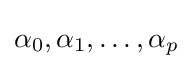
\alpha _{0},\alpha _{1},\ldots ,\alpha _{p}